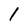
Character: 1